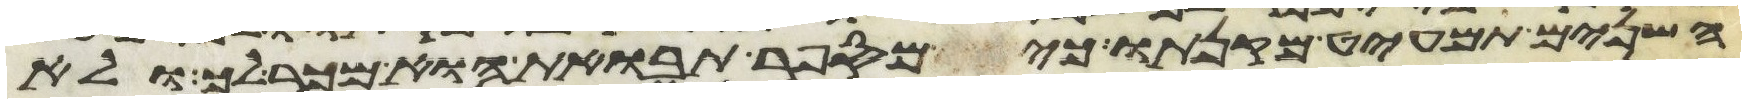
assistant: השנים תמעיט מקנתו כי מספר תבואת הוא מכר לך ולא